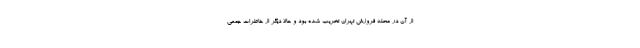
از آن در محله فروزش تهران تخریب شده بود و حالا دیگر از خاطرات جمعی